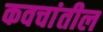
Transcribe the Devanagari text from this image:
कवचांतील